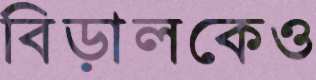
বিড়ালকেও